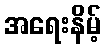
အရေးနိမ့်